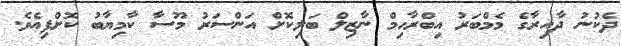
ދެކުނު ދާއިރާގެ މެމްބަރު އިބްރާހިމް ނާޒިލް ބަލިކޮށް އަންސަރު މޫސާ ކާމިޔާބު ކޮށްފިއެވެ.